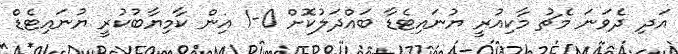
އަދި ދެވަނަ މެޗު މާކިއުރީ ޔުނައިޓެޑާ ބައްދަލުކޮށް 0-1 އިން ކާމިޔާބުކުރީ ޔުނައިޓެޑް